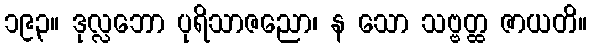
၁၉၃။ ဒုလ္လဘော ပုရိသာဇညော၊ န သော သဗ္ဗတ္ထ ဇာယတိ။